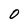
Character: 0